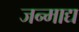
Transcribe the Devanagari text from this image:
जन्माद्य